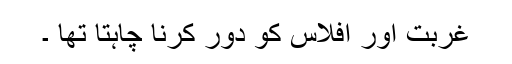
غربت اور افلاس کو دور کرنا چاہتا تھا ۔